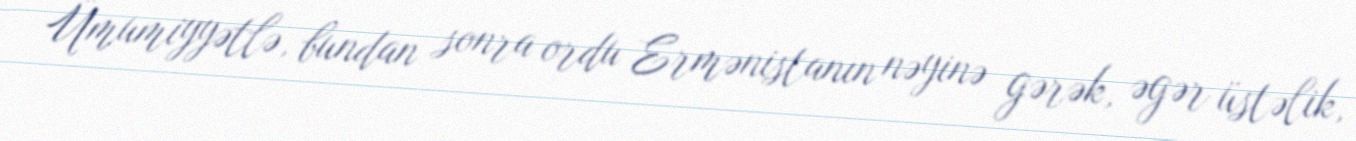
Ümumiyyətlə, bundan sonra ordu Ermənistanın nəyinə gərək, əgər üstəlik,